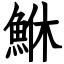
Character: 鮴